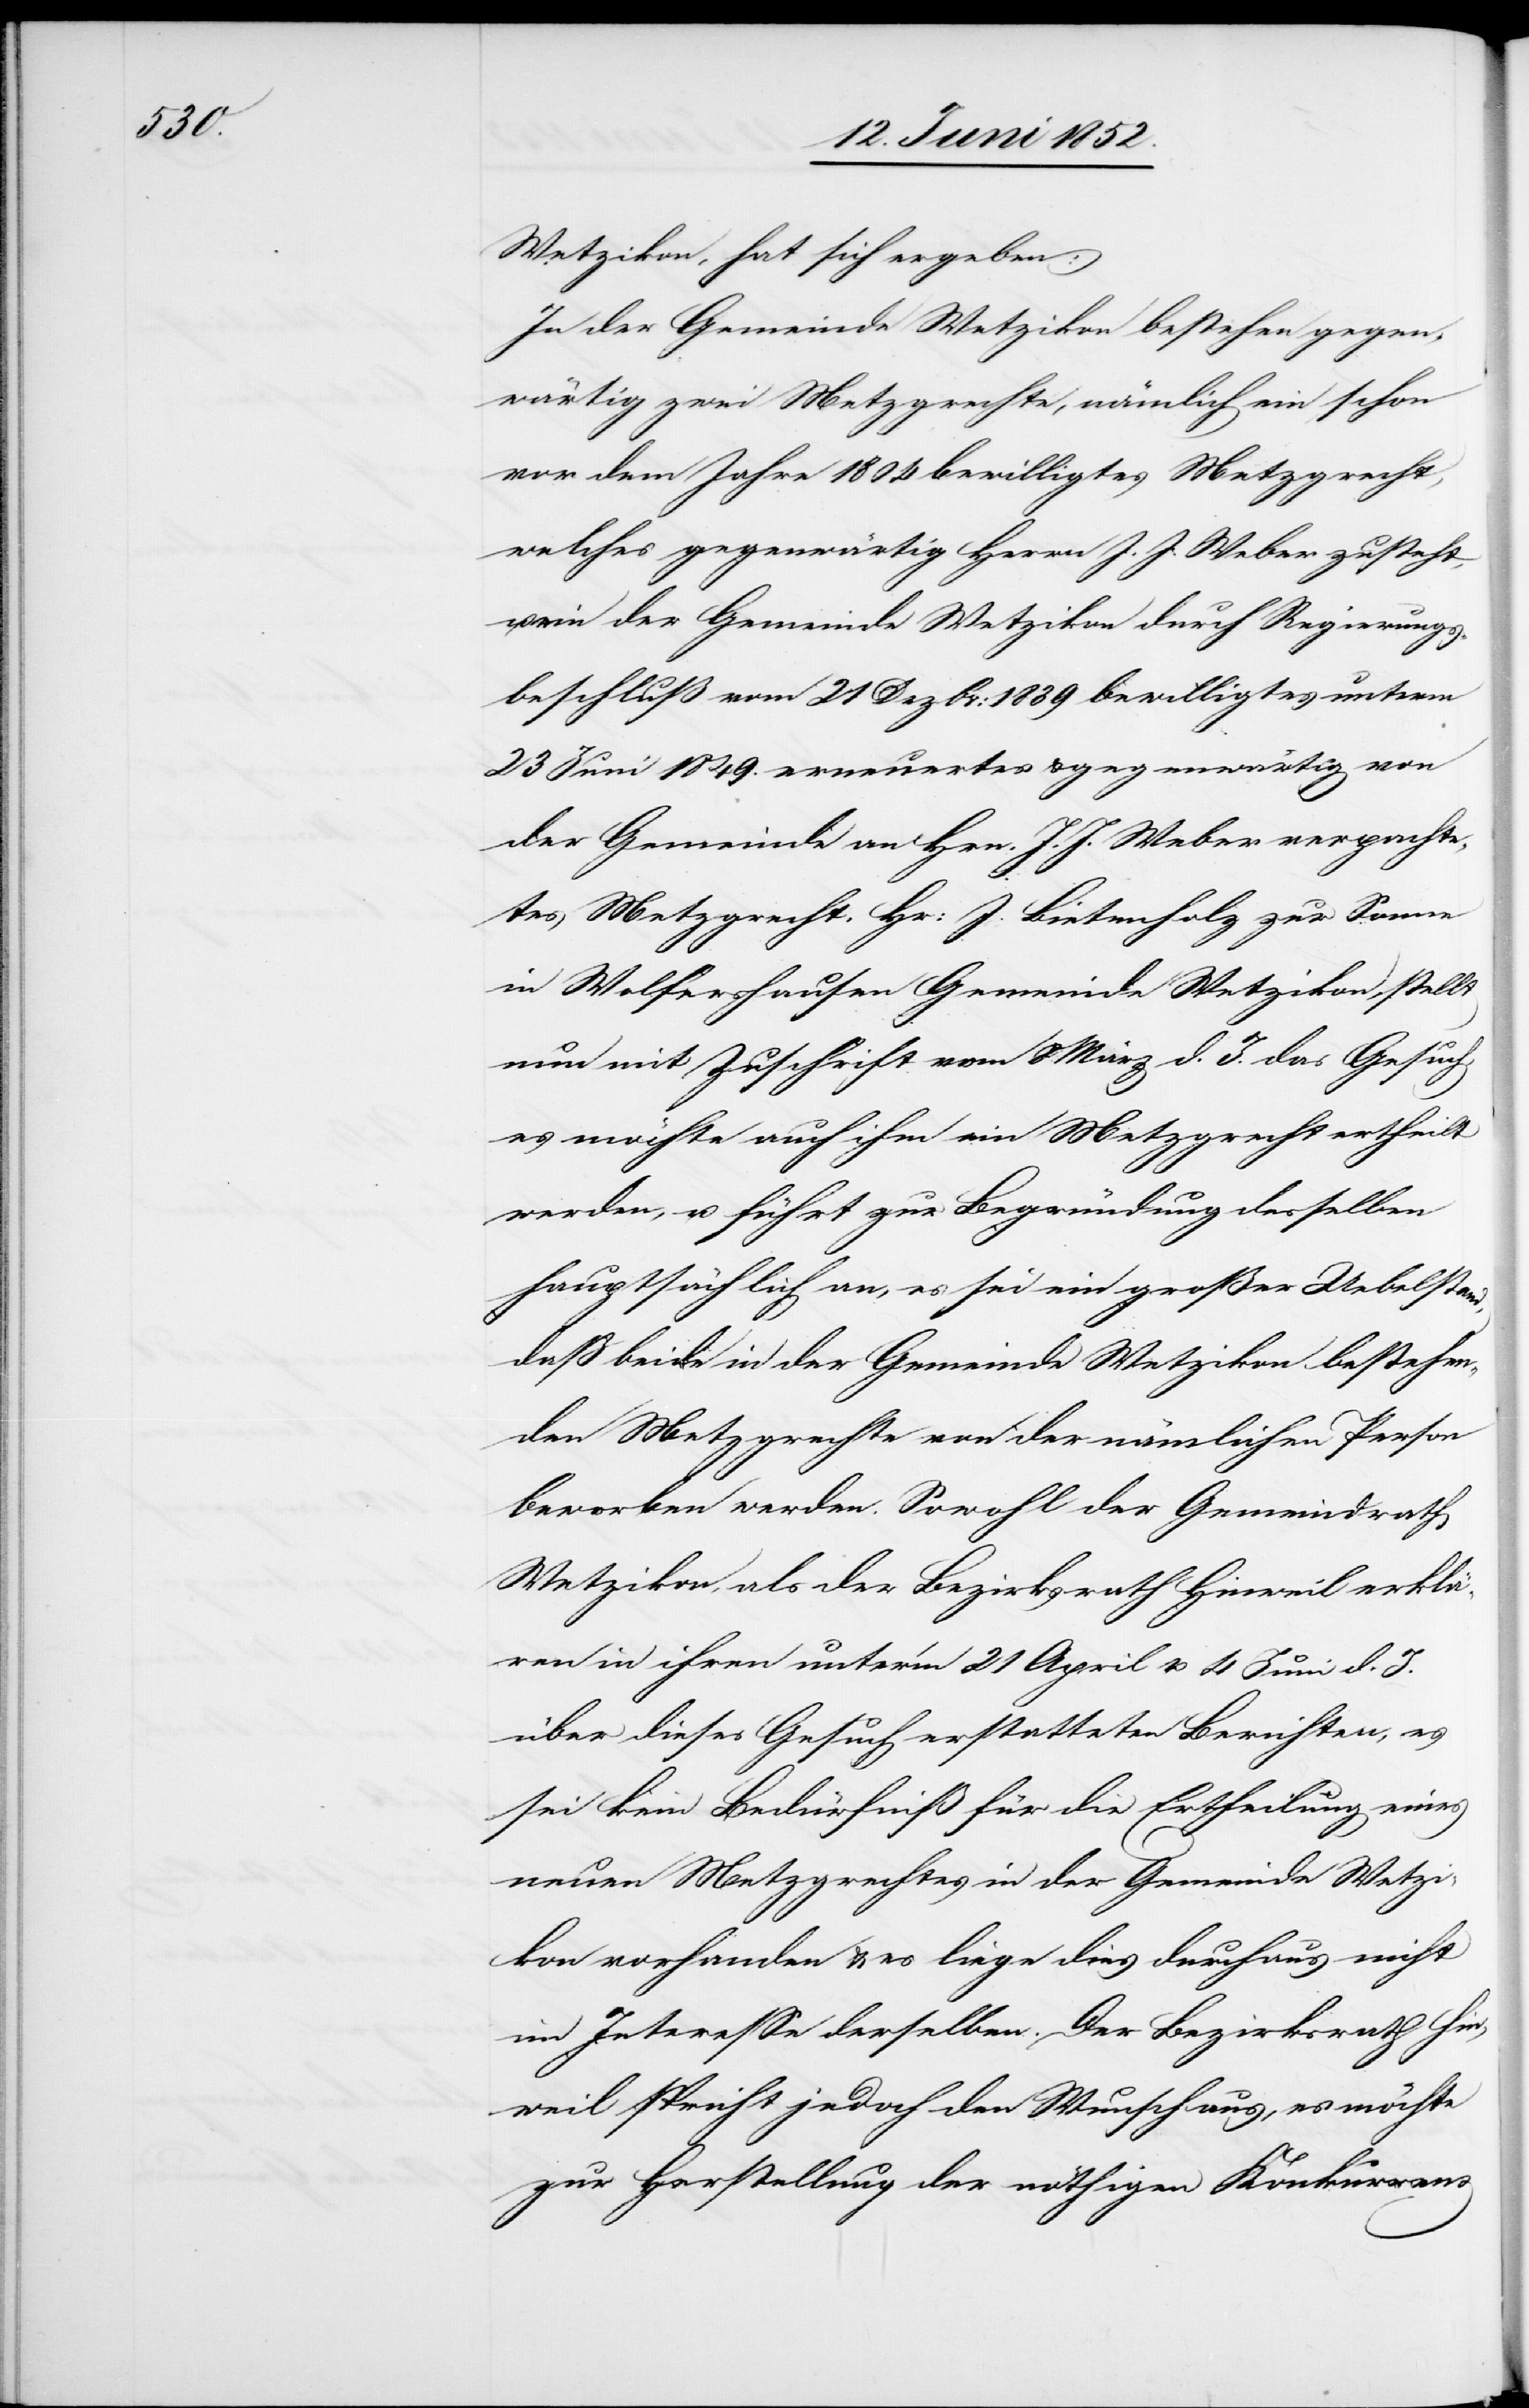
Wetzikon, hat sich ergeben:
In der Gemeinde Wetzikon bestehen gegen¬
wärtig zwei Metzgrechte, nämlich ein schon
vor dem Jahre 1804 bewilligtes Metzgrecht,
welches gegenwärtig Herrn J. J. Weber zusteht,
ein der Gemeinde Wetzikon durch Regierungs¬
beschluß vom 21 Dezbr: 1839 bewilligtes unterm
23 Juni 1849. erneuertes & gegenwärtig von
der Gemeinde an Hrn. J. J. Weber verpachte¬
tes Metzgrecht. Hr: J. Bietenholz zur Sonne
in Wolfershausen Gemeinde Wetzikon, stellt
nun mit Zuschrift vom 8 März d. J. das Gesuch,
es möchte auch ihm ein Metzgrecht ertheilt
werden, u. führt zur Begründung desselben
hauptsächlich an, es sei ein großer Uebelstand,
dass beide in der Gemeinde Wetzikon bestehen¬
den Metzgrechte von der nämlichen Person
beworben werden. Sowohl der Gemeindrath
Wetzikon, als der Bezirksrath Hinweil erklä¬
ren in ihren unter’m 21 April u. 4 Juni d. J.
über dieses Gesuch erstatteten Berichten, es
sei kein Bedürfniß für die Ertheilung eines
neuen Metzgrechtes in der Gemeinde Wetzi¬
kon vorhanden & es liege dies durchaus nicht
im Interesse derselben. Der Bezirksrath Hin¬
weil spricht jedoch den Wunsch aus, es möchte
zur Herstellung der nöthigen Konkurrenz